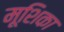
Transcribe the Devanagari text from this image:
मूशिका